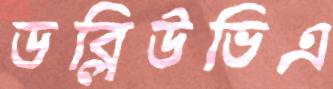
ডব্লিউভিএ